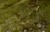
કડ